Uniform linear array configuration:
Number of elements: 8
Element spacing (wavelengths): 0.25
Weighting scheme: blackman
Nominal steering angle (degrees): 15
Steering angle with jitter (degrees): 13.263
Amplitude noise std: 0.05
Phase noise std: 0.05

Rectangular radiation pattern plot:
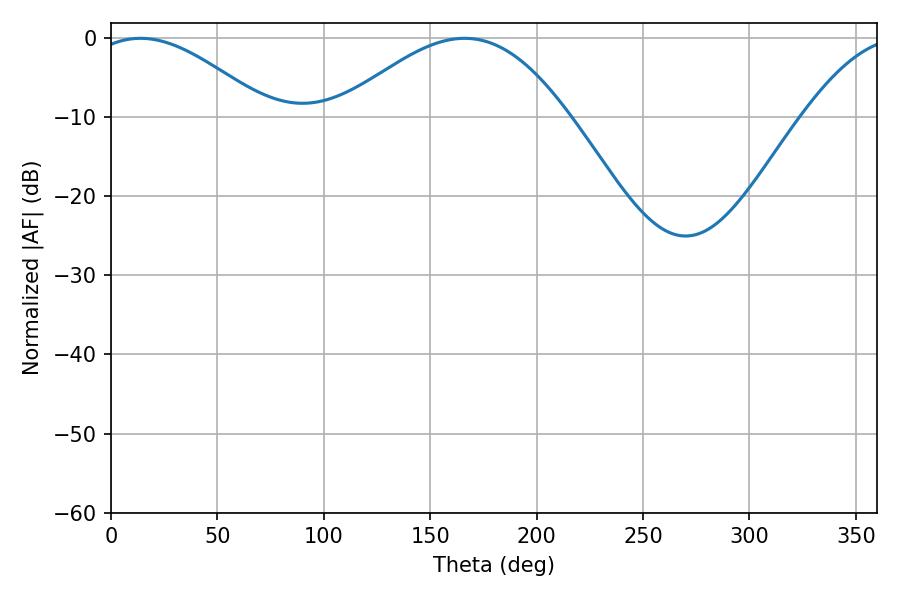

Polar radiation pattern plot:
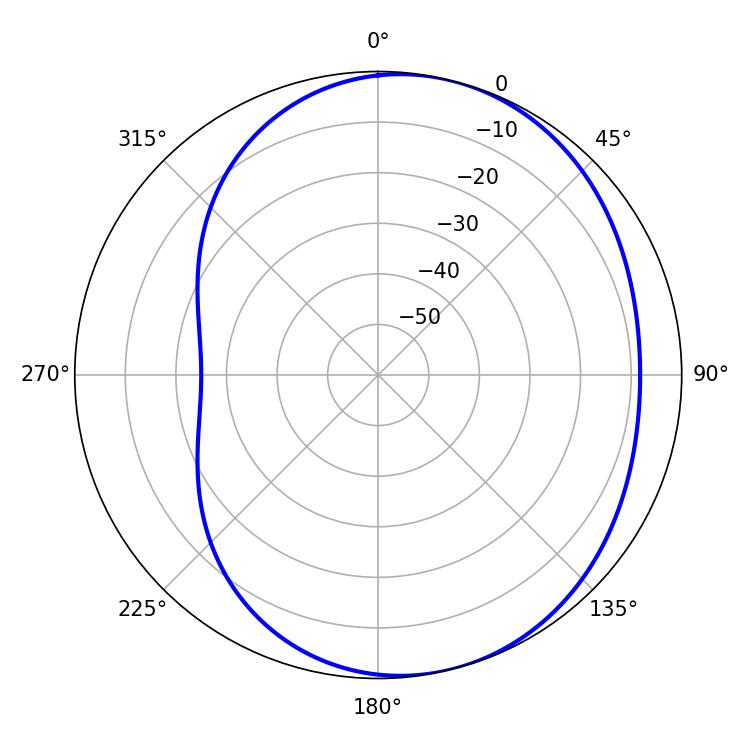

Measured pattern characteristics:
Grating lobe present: FALSE
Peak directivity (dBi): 4.811
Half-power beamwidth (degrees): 45.18
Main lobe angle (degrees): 13.86